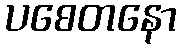
ပစေတနော